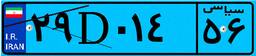
۸۲D۱۳۱۲۷